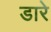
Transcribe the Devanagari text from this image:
डारे